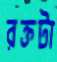
রক্তটা